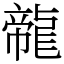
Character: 㡣